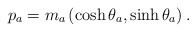
\begin{align*}p_{a}=m_{a}\left(\cosh\theta_{a},\sinh\theta_{a}\right).\end{align*}